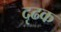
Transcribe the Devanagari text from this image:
दृढक